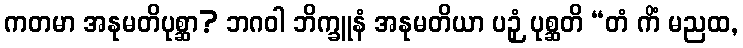
ကတမာ အနုမတိပုစ္ဆာ? ဘဂဝါ ဘိက္ခူနံ အနုမတိယာ ပဉှံ ပုစ္ဆတိ “တံ ကိံ မညထ,